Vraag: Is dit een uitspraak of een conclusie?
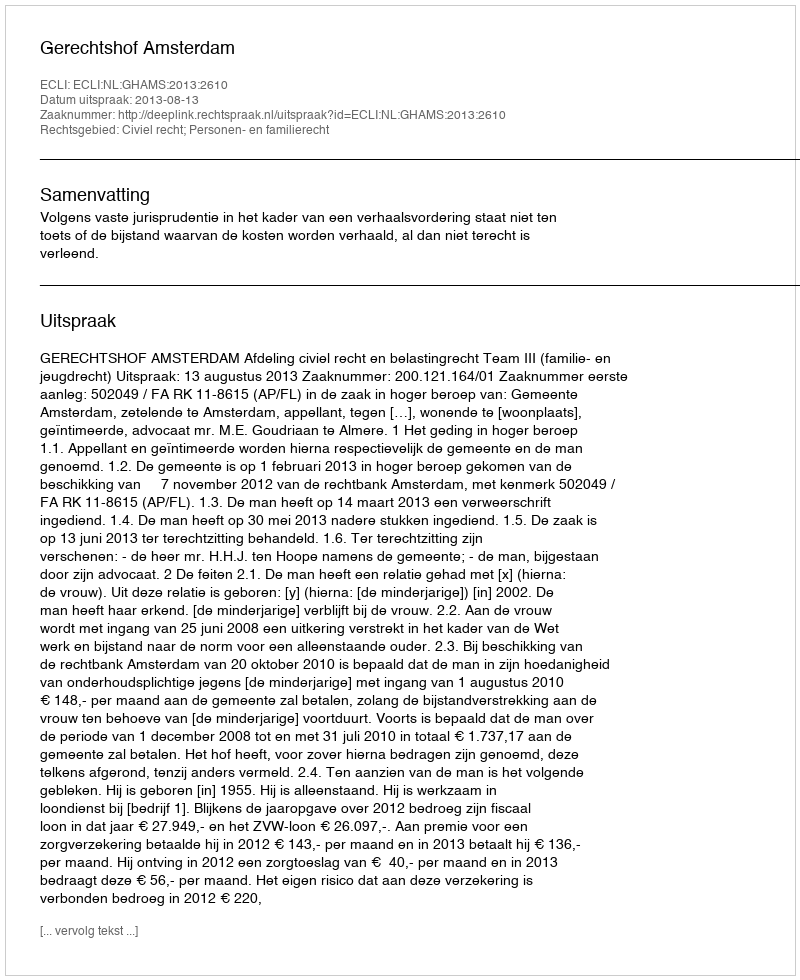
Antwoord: Uitspraak